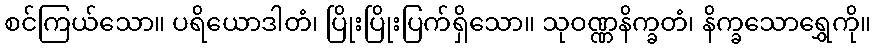
စင်ကြယ်သော။ ပရိယောဒါတံ၊ ပြိုးပြိုးပြက်ရှိသော။ သုဝဏ္ဏနိက္ခတံ၊ နိက္ခသောရွှေကို။